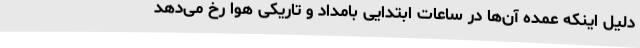
دلیل اینکه عمده آن‌ها در ساعات ابتدایی بامداد و تاریکی هوا رخ می‌دهد